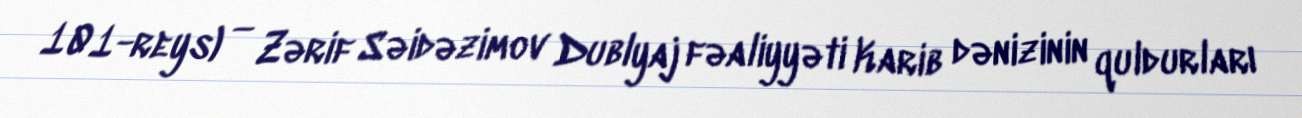
101-reys) — Zərif Səidəzimov Dublyaj fəaliyyəti Karib dənizinin quldurları